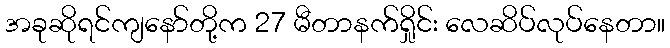
အခုဆိုရင်ကျနော်တို့က 27 မီတာနက်ရှိုင်း လေဆိပ်လုပ်နေတာ။